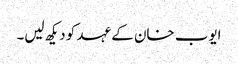
ایوب خان کے عہد کو دیکھ لیں۔